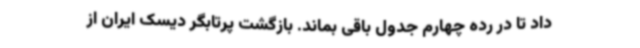
داد تا در رده چهارم جدول باقی بماند. بازگشت پرتابگر دیسک ایران از